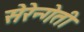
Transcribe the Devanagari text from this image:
सेरेन्गेती